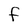
Character: F